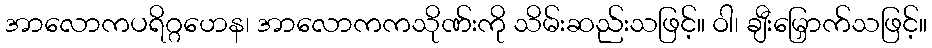
အာလောကပရိဂ္ဂဟေန၊ အာလောကကသိုဏ်းကို သိမ်းဆည်းသဖြင့်။ ဝါ၊ ချီးမြှောက်သဖြင့်။